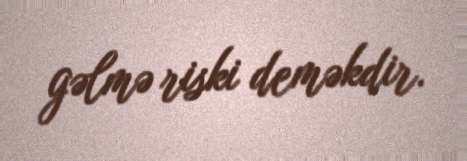
gəlmə riski deməkdir.